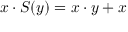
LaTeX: x \cdot S ( y ) = x \cdot y + x